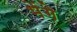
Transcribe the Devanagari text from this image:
भेंगे